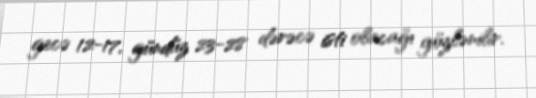
gecə 12-17, gündüz 23-28 dərəcə isti olacağı gözlənilir.